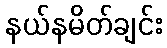
နယ်နမိတ်ချင်း